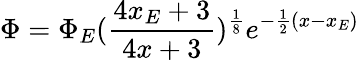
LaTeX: \Phi=\Phi_{E}(\frac{4x_{E}+3}{4x+3})^{\frac{1}{8}}e^{-\frac{1}{2}(x-x_{E})}